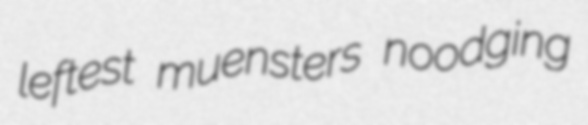
leftest muensters noodging